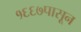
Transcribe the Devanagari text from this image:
१६६७पासून